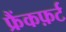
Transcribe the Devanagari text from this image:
फ्रैंकफ़र्ट